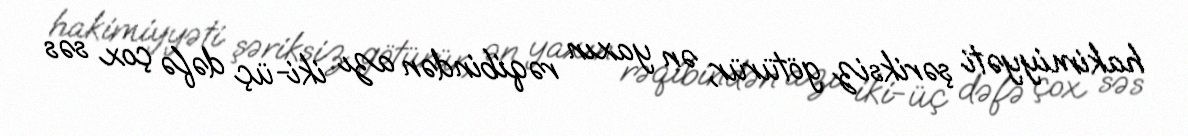
hakimiyyəti şəriksiz götürür, ən yaxın rəqibindən azı iki-üç dəfə çox səs